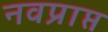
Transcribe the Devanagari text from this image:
नवप्राप्त